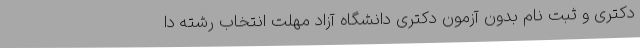
دکتری و ثبت نام بدون آزمون دکتری دانشگاه آزاد مهلت انتخاب رشته دا